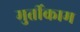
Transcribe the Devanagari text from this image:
मुर्तीकाम